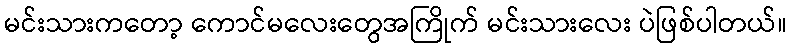
မင်းသားကတော့ ကောင်မလေးတွေအကြိုက် မင်းသားလေး ပဲဖြစ်ပါတယ်။